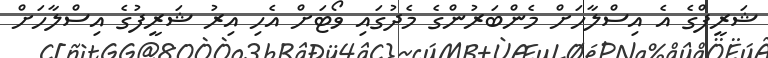
ޝަރީފްގެ އެ އިސްލާހަށް މެންބަރުންގެ މެދުގައި ވޯޓަށް އެހި އިރު ޝަރީފުގެ އިސްލާހަށް